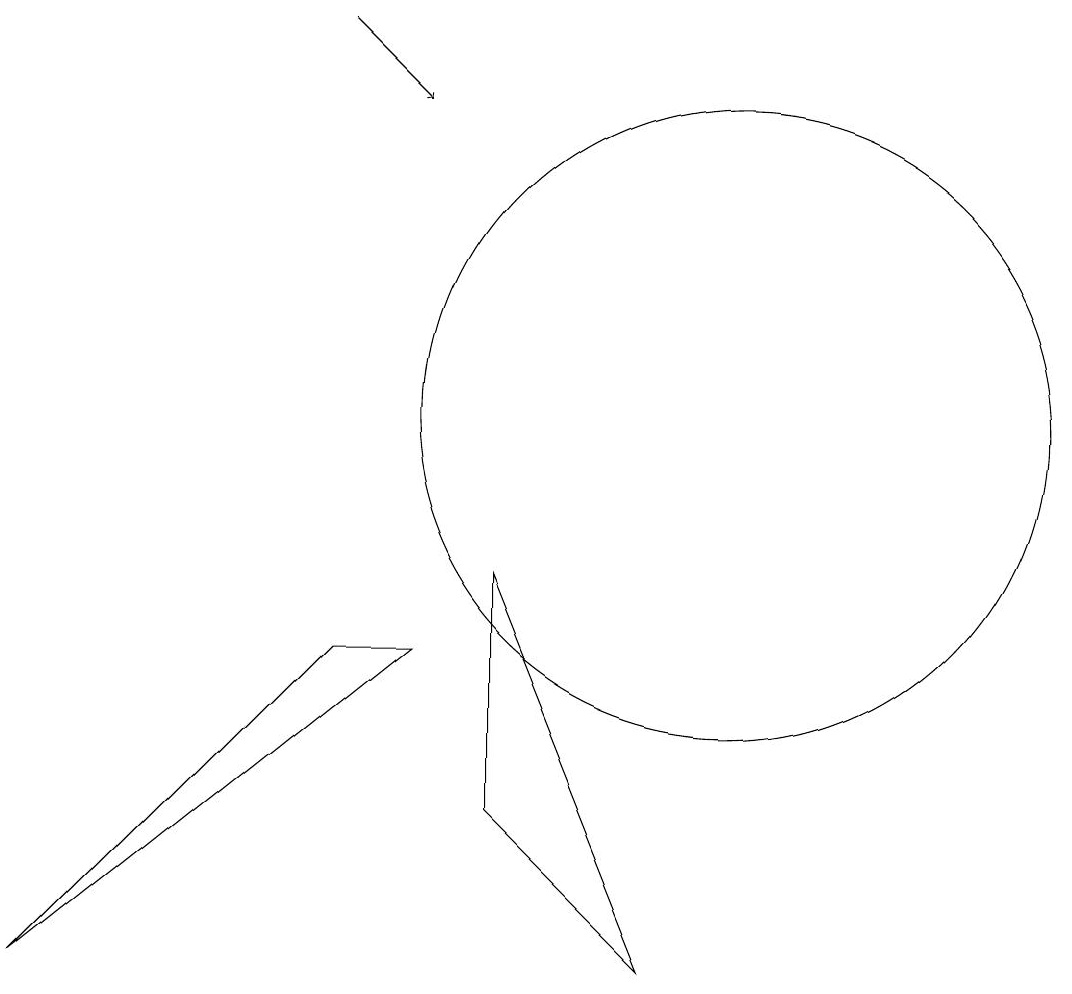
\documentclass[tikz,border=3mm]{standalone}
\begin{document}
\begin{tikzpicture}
\draw (10,10) circle (4);
\draw (7,8) -- (9,3) -- (7,5) -- cycle;
\draw (12,11) circle (0);
\draw (6,7) -- (1,3) -- (5,7) -- cycle;
\draw (12,11) circle (0);
\draw[->] (5,15) -- (6,14);
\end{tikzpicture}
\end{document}